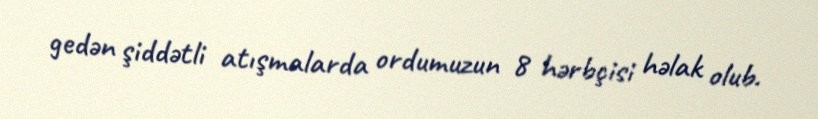
gedən şiddətli atışmalarda ordumuzun 8 hərbçisi həlak olub.